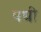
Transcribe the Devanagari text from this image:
पधी